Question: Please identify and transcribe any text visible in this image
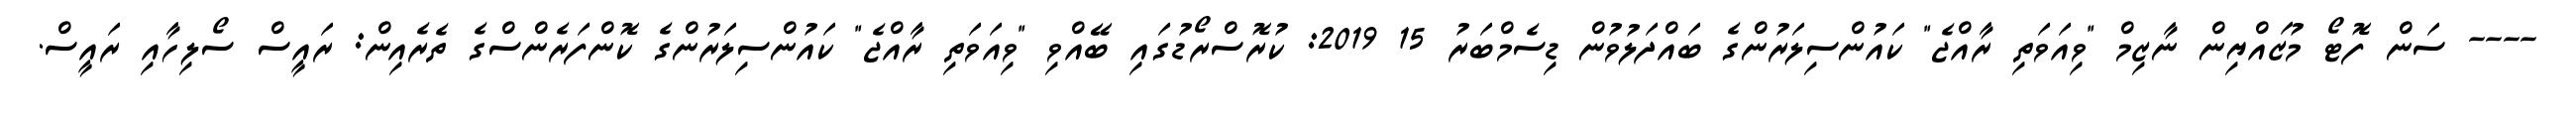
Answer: ---- ސަން ފޮޓޯ މުޒައްޔިން ނާޒިމް "ވިއަވަތި ރާއްޖެ" ކައުންސިލަރުންގެ ބައްދަލުވުން ޑިސެމްބަރު 15 2019: ކުރޮސްރޯޑުގައި ބޭއްވި "ވިއަވަތި ރާއްޖެ" ކައުންސިލަރުންގެ ކޮންފަރެންސްގެ ތެރެއިން: ރައީސް ސޯލިހާއި ރައީސް.